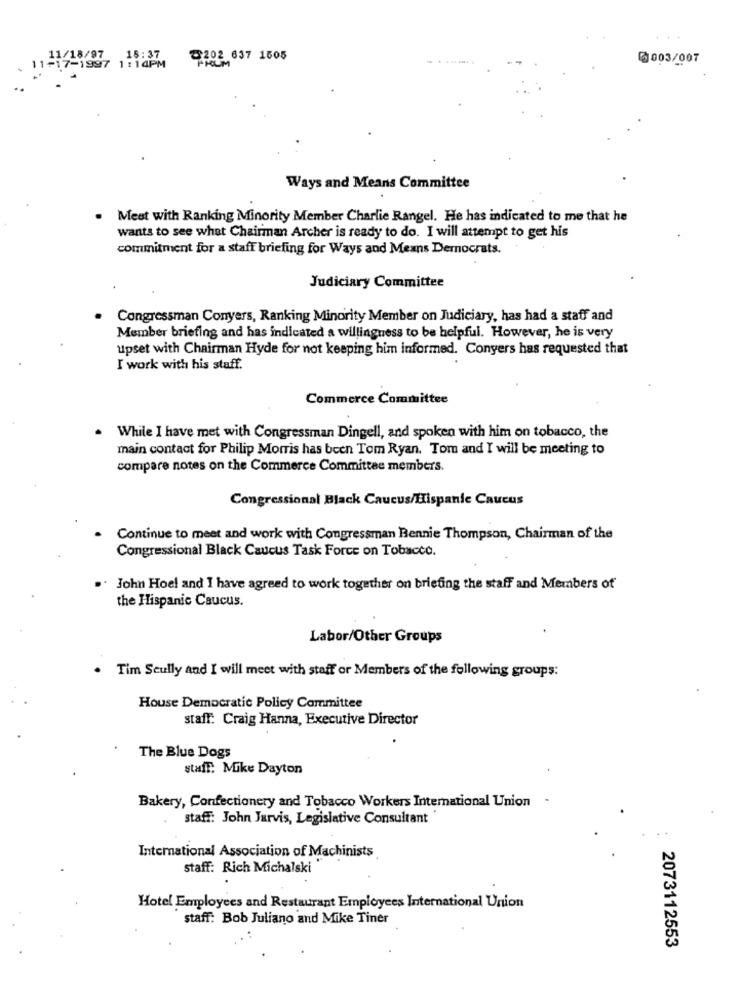
11/18/97
15:37
@202 637 1505
FROM
@003/007
17-1997 1:14PM
Ways and Means Committee
. Mest with Ranking Minority Member Charlie Rangel. He has indicated to me that he
wants to see what Chairman Archer is ready to do. I will attempt to get his
commitment for a staff briefing for Ways and Means Democrats.
Judiciary Committee
. Congressman Conyers, Ranking Minority Member on Judiciary, has had a staff and
Member briefing and has indicated a willingness to be helpful. However, he is very
upset with Chairman Hyde for not keeping him informed. Conyers has requested that
I work with his staff.
Commerce Committee
.
While I have met with Congressman Dingell, and spoken with him on tobacco, the
main contact for Philip Morris has been Tom Ryan. Tom and I will be meeting to
compare notes on the Commerce Committee members.
Congressional Black Caucus/Hispanic Caucus
Continue to meet and work with Congressman Bennie Thompson, Chairman of the
Congressional Black Caucus Task Force on Tobacco.
John Hoel and I have agreed to work together on briefing the staff and Members of
the Hispanic Caucus.
Labor/Other Groups
Tim Scully and I will meet with staff or Members of the following groups:
House Democratic Policy Committee
staff: Craig Hanna, Executive Director
The Blue Dogs
staff. Mike Dayton
Bakery, Confectionery and Tobacco Workers International Union -
staff: John Jarvis, Legislative Consultant
International Association of Machinists
staff: Rich Michalski
Hotel Employees and Restaurant Employees International Union
staff: Bob Juliano and Mike Tiner
2073112553